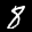
Label: 8